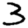
Digit: 3